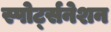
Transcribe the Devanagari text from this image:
स्पोर्ट्सनेशन